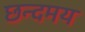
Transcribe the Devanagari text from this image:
छन्दमय